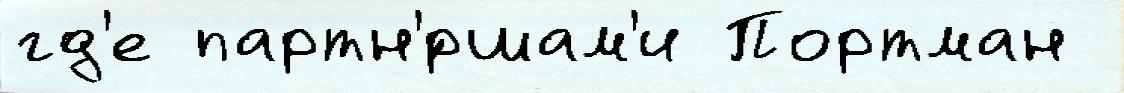
гд'е партн'́ршам'и Портман